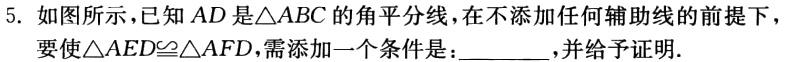
5. 如图所示，已知 \(AD\) 是\(\triangle ABC\)的角平分线，在不添加任何辅助线的前提下，要使\(\triangle AED\cong\triangle AFD\)，需添加一个条件是：  ，并给予证明.